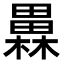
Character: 𤳥